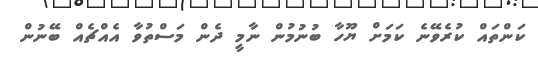
ކަންތައް ކުރެވޭނެ ކަމަށް ޔޫހާ ބުނުމުން ނާމީ ދެން މަސްތުވާ އެއްޗެއް ބޭނުން